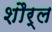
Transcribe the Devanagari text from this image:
शौर्ल